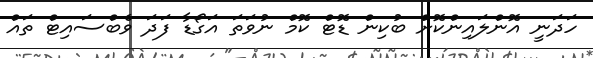
ހަދަނީ އޮންލައިންކޮށް ބުކިން ޑޮޓް ކޮމް ނުވަތަ އަގޯޑާ ފަދަ ވެބްސައިޓް ތައް